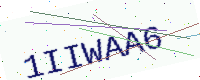
Text: 1IIWAA6